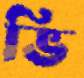
ভি